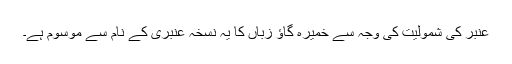
عنبر کی شمولیت کی وجہ سے خمیرہ گاؤ زباں کا یہ نسخہ عنبری کے نام سے موسوم ہے۔